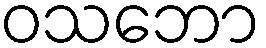
ဝသဘော